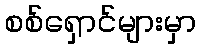
စစ်ရှောင်များမှာ